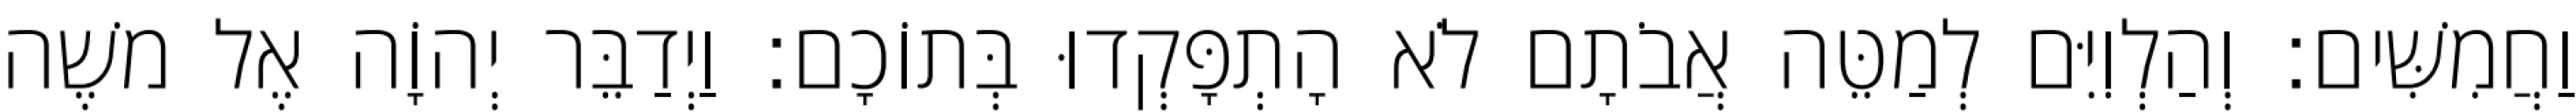
וַחֲמִשִּׁים׃ וְהַלְוִיִּם לְמַטֵּה אֲבֹתָם לֹא הָתְפָּקְדוּ בְּתוֹכָם׃ וַיְדַבֵּר יְהוָֹה אֶל משֶׁה